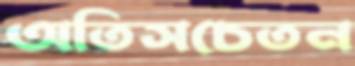
অতিসচেতন